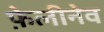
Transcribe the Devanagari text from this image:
फ़ेलीनेव